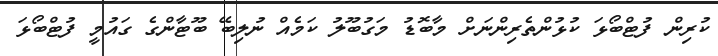
ކުރިން ފުޓްބޯޅަ ކުޅުންތެރިންނަށް މާބޮޑު މަގުބޫލު ކަމެއް ނުލިބޭ ބޫޓާންގެ ގައުމީ ފުޓްބޯޅަ